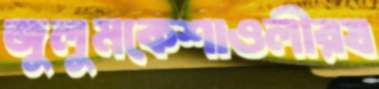
জুলুমকেশাওলীরয